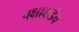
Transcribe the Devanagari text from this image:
पक्षाकडेच